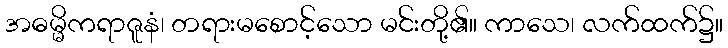
အဓမ္မိကရာဇူနံ၊ တရားမစောင့်သော မင်းတို့၏။ ကာသေ၊ လက်ထက်၌။